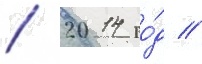
/ 2014 го́д //